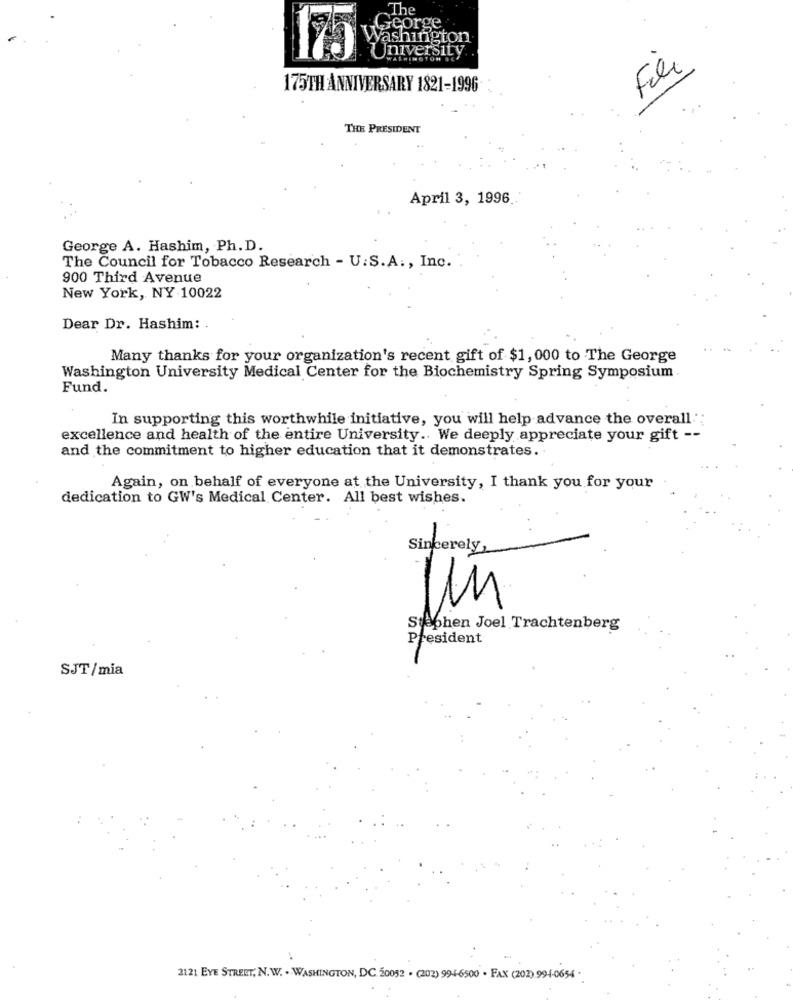
The
George
Washington
University.
WASHINGTON .
Fili
175TH ANNIVERSARY 1821-1996
THE PRESIDENT
April 3, 1996 ..
George A. Hashim, Ph. D.
The Council for Tobacco Research - U.S. A ., Inc.
900 Third Avenue
New York, NY 10022
Dear Dr. Hashim: .
Many thanks for your organization's recent gift of $1, 000 to The George
Washington University Medical Center for the Biochemistry Spring Symposium
Fund.
In supporting this worthwhile initiative, you will help advance the overall
excellence and health of the entire University .. We deeply appreciate your gift --
and the commitment to higher education that it demonstrates.
Again, on behalf of everyone at the University, I thank you for your
dedication to GW's Medical Center. All best wishes.
Sincerely,
Stephen Joel Trachtenberg
President
SJT/mia
2121 EYE STREET, N. W. - WASHINGTON, DC 20052 . (202) 994-6500 . FAX (202) 994-0654 .